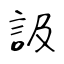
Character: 訯